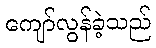
ကျော်လွန်ခဲ့သည်